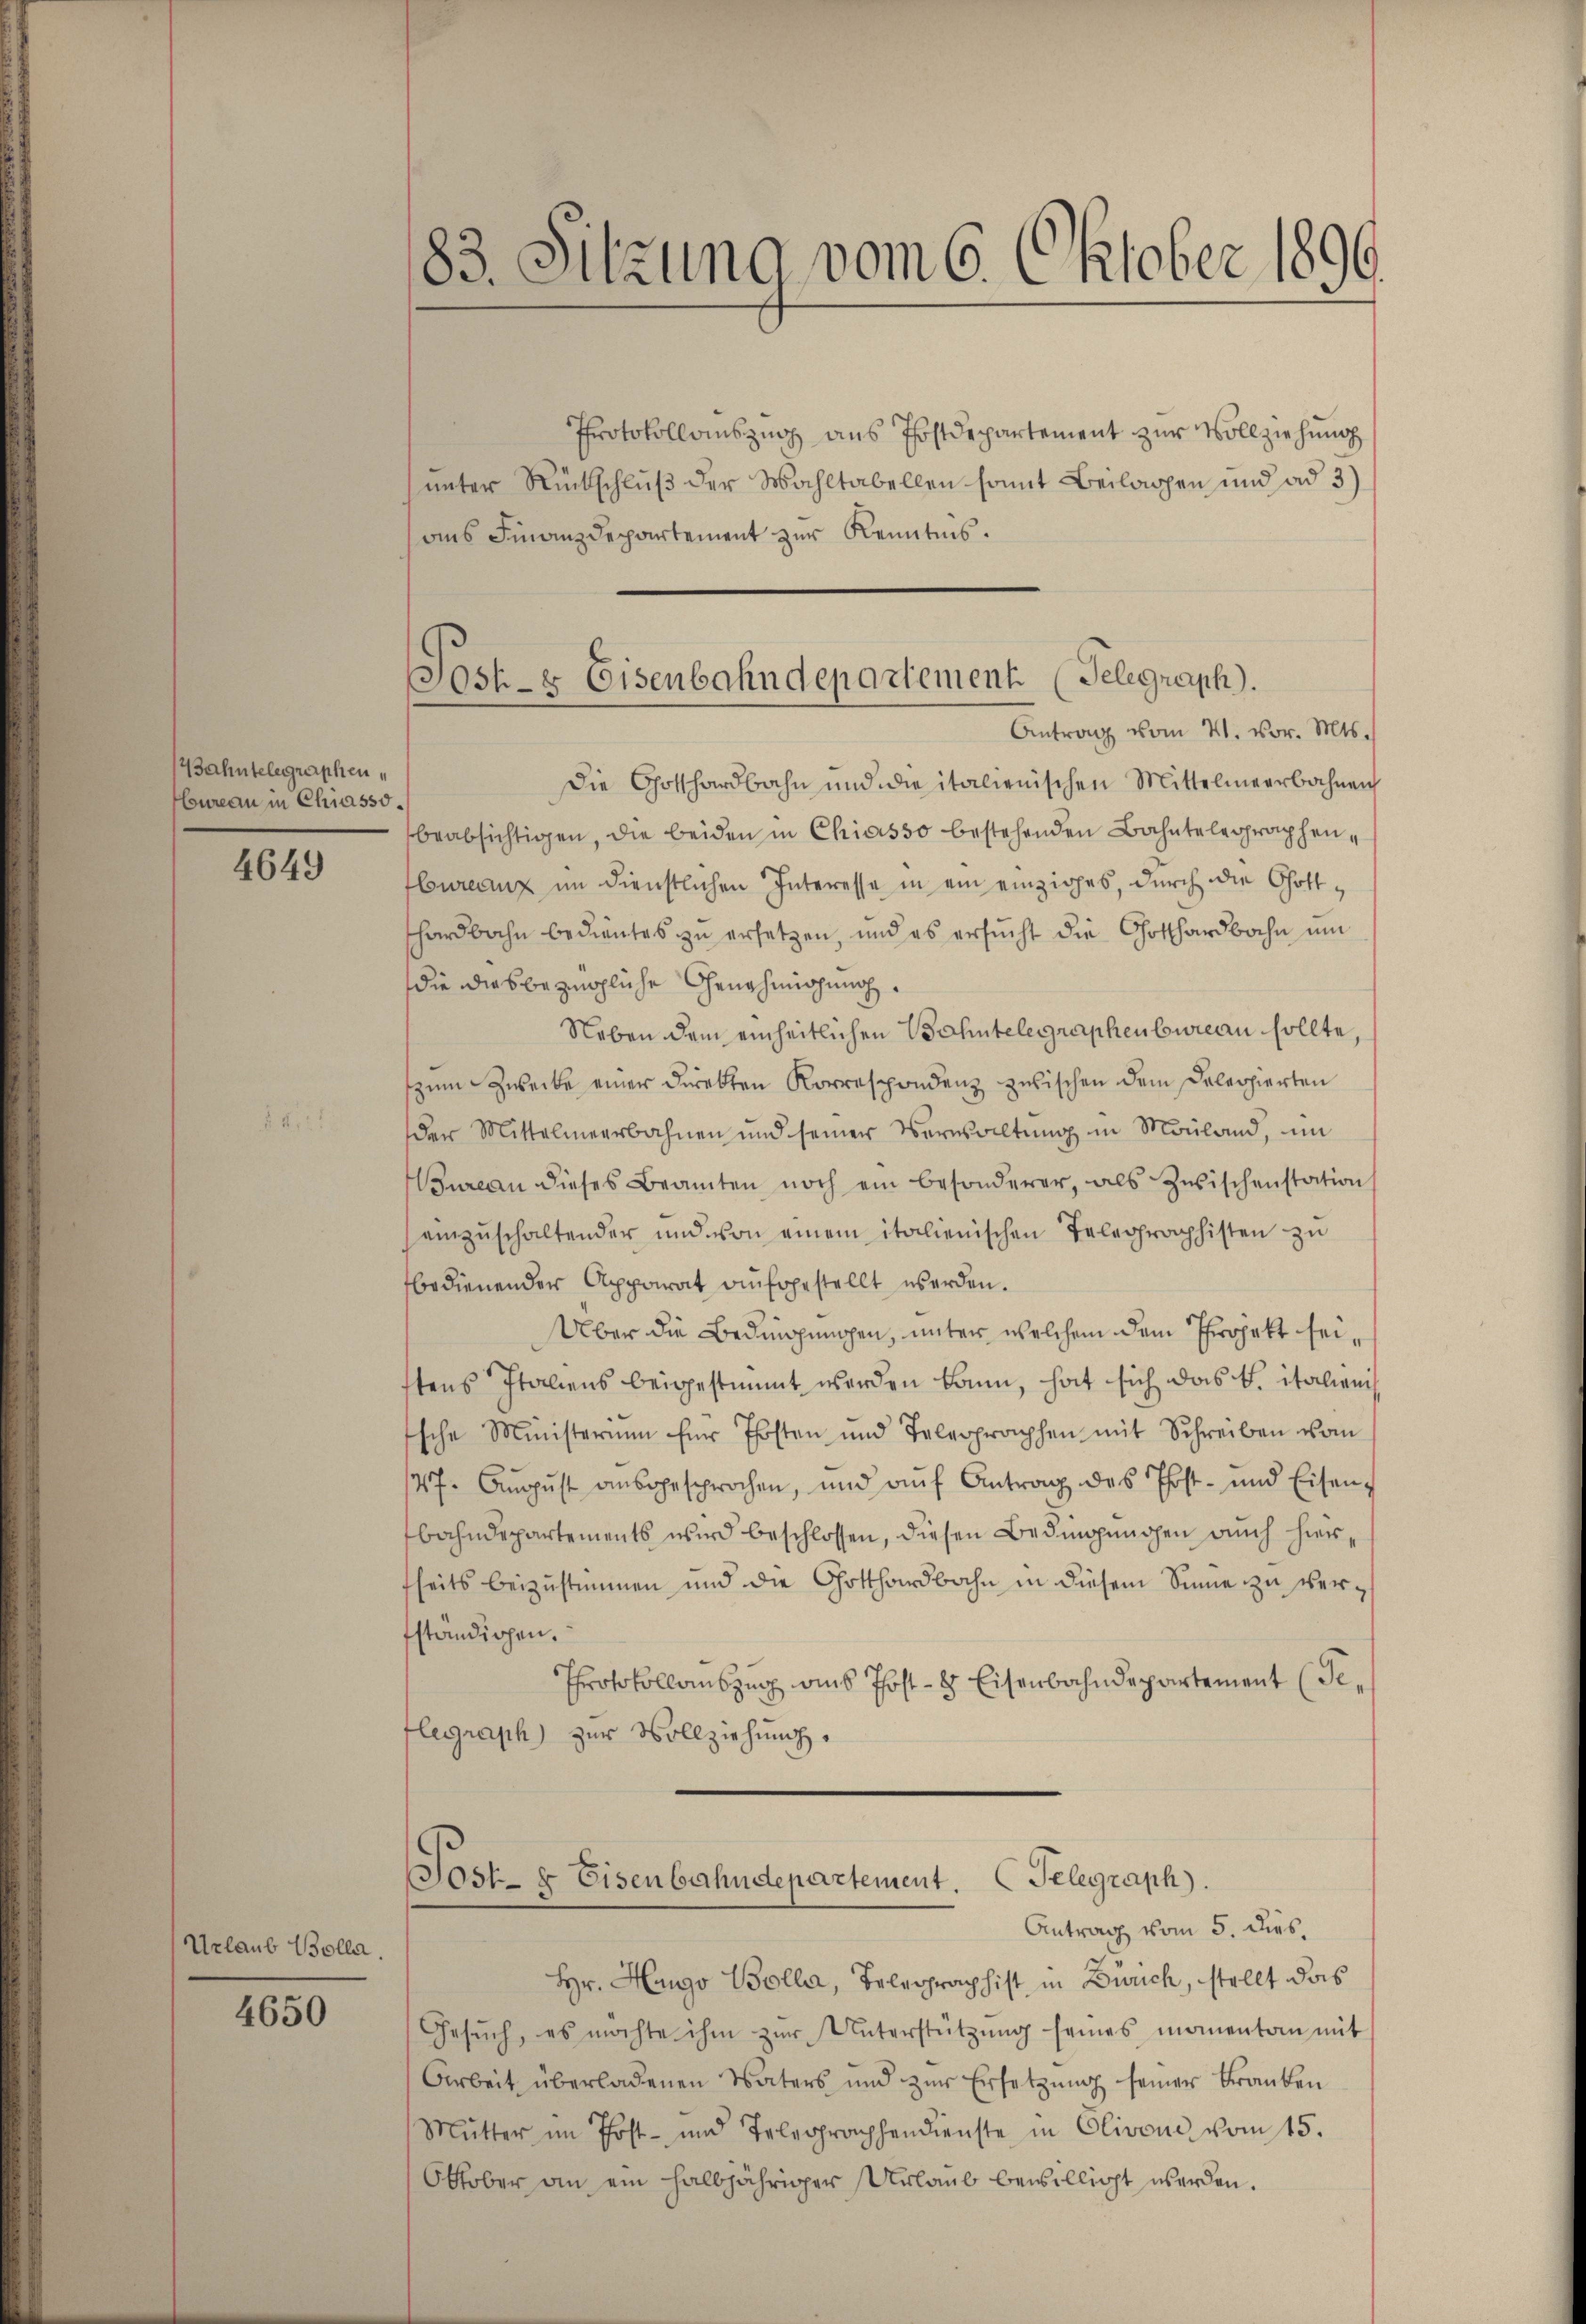
Wahntelegraphen
bureau in Chiasso.

4649

Urlaub Bolla.

4650

Protokollauszug aus Postdepartement zur Vollziehung
unter Rückschluß der Wahltabellen somit Beilagen und ad 3)
ans Finanzdepartement zur Kenntnis.
Die Gothardbahn und die italienischen Mittelmeerbahnen
beabsichtigen, die beiden in Chiasso bestehenden Bahntelegraphenuranz im dienstlichen Interesse in ein einziges, durch die Gotthardbahn bedientes zu ersetzen, und es ersucht die Gotthardbahn um
die diesbezmögliche Genehmigung
Neben dem einheitlichen Bahntelegraphenbureau sollte
zum Zwecke einer Direkten Korrespondenz zwischen dem Dolessierten
der Mittelmeerbahnen und seiner Verwaltung in Mouland, im
Bureau dieses Beamten noch ein besonderer, als Zwischenstation
einzŭschaltender und von einem italienischen Telegraphisten zu
fbedienender Apparat aufgestellt werden.
Über die Bedingungen, unter welchem dem Projekt seistens Italiens beigestimmt werden kann, hat sich das k. italieni¬
Esche Ministerium für Thosten und Telegraphen mit Schreiben vom
/27. August ausgesprochen, und auf Antrag des Phost- und Eisenbahndepartements wird beschlossen, diesen Bedingungen auch hier,
fheits beizustimmen und die Gotthardbahn in diesem Sinne zu verfständigen.
Protokollauszug aus Post- & Eisenbahndepartement (Seflegraph) zur Vollziehung.
Post- & Eisenbahndepartement. Telegraph.

83. Sitzung vom 6. Oktober 1896

Post- & Eisenbahndepartement. (Telegraph).
Antrag vom V. vor. Mts.

Antrag vom 5. dies.

Hr. Hango Bolla, Telegraphist in Zürich, stellt das
Gesŭch, es möchte ihm zŭr Unterstützŭng seines manenten mit
Arbeit überladenen Vaters und zur Ersetzung seiner Franken
Mutter im Post- und Telegraphendienste in Clivone vom 15.
Oktober an ein halbjähriger Urlaub bewilligt werden.